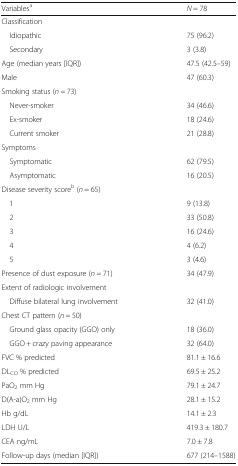
| Variablesa | N = 78 |
 | --- | --- |
 | <COLSPAN=2> Classification |
 | Idiopathic | 75 (96.2) |
 | Secondary | 3 (3.8) |
 | Age (median years [IQR]) | 47.5 (42.5–59) |
 | Male | 47 (60.3) |
 | <COLSPAN=2> Smoking status (n = 73) |
 | Never-smoker | 34 (46.6) |
 | Ex-smoker | 18 (24.6) |
 | Current smoker | 21 (28.8) |
 | <COLSPAN=2> Symptoms |
 | Symptomatic | 62 (79.5) |
 | Asymptomatic | 16 (20.5) |
 | <COLSPAN=2> Disease severity scoreb (n = 65) |
 | 1 | 9 (13.8) |
 | 2 | 33 (50.8) |
 | 3 | 16 (24.6) |
 | 4 | 4 (6.2) |
 | 5 | 3 (4.6) |
 | Presence of dust exposure (n = 71) | 34 (47.9) |
 | <COLSPAN=2> Extent of radiologic involvement |
 | Diffuse bilateral lung involvement | 32 (41.0) |
 | <COLSPAN=2> Chest CT pattern (n = 50) |
 | Ground glass opacity (GGO) only | 18 (36.0) |
 | GGO + crazy paving appearance | 32 (64.0) |
 | FVC % predicted | 81.1 ± 16.6 |
 | DLCO % predicted | 69.5 ± 25.2 |
 | PaO2 mm Hg | 79.1 ± 24.7 |
 | D(A-a)O2 mm Hg | 28.1 ± 15.2 |
 | Hb g/dL | 14.1 ± 2.3 |
 | LDH U/L | 419.3 ± 180.7 |
 | CEA ng/mL | 7.0 ± 7.8 |
 | Follow-up days (median [IQR]) | 677 (214–1588) |